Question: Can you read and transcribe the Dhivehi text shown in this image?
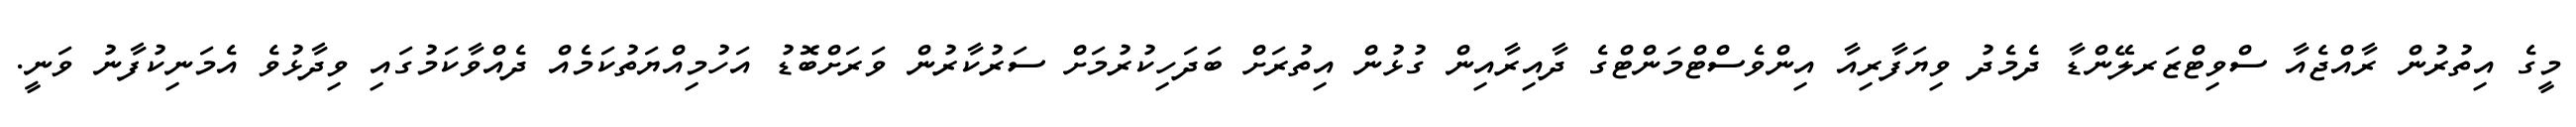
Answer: މީގެ އިތުރުން ރާއްޖެއާ ސްވިޓްޒަރލޭންޑާ ދެމެދު ވިޔަފާރިއާ އިންވެސްޓްމަންޓްގެ ދާއިރާއިން ގުޅުން އިތުރަށް ބަދަހިކުރުމަށް ސަރުކާރުން ވަރަށްބޮޑު އަހުމިއްޔަތުކަމެއް ދެއްވާކަމުގައި ވިދާޅުވެ އެމަނިކުފާނު ވަނީ.